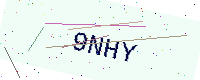
Text: 9NHY